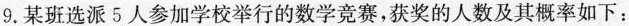
9.某班选派5人参加学校举行的数学竞赛，获奖的人数及其概率如下：